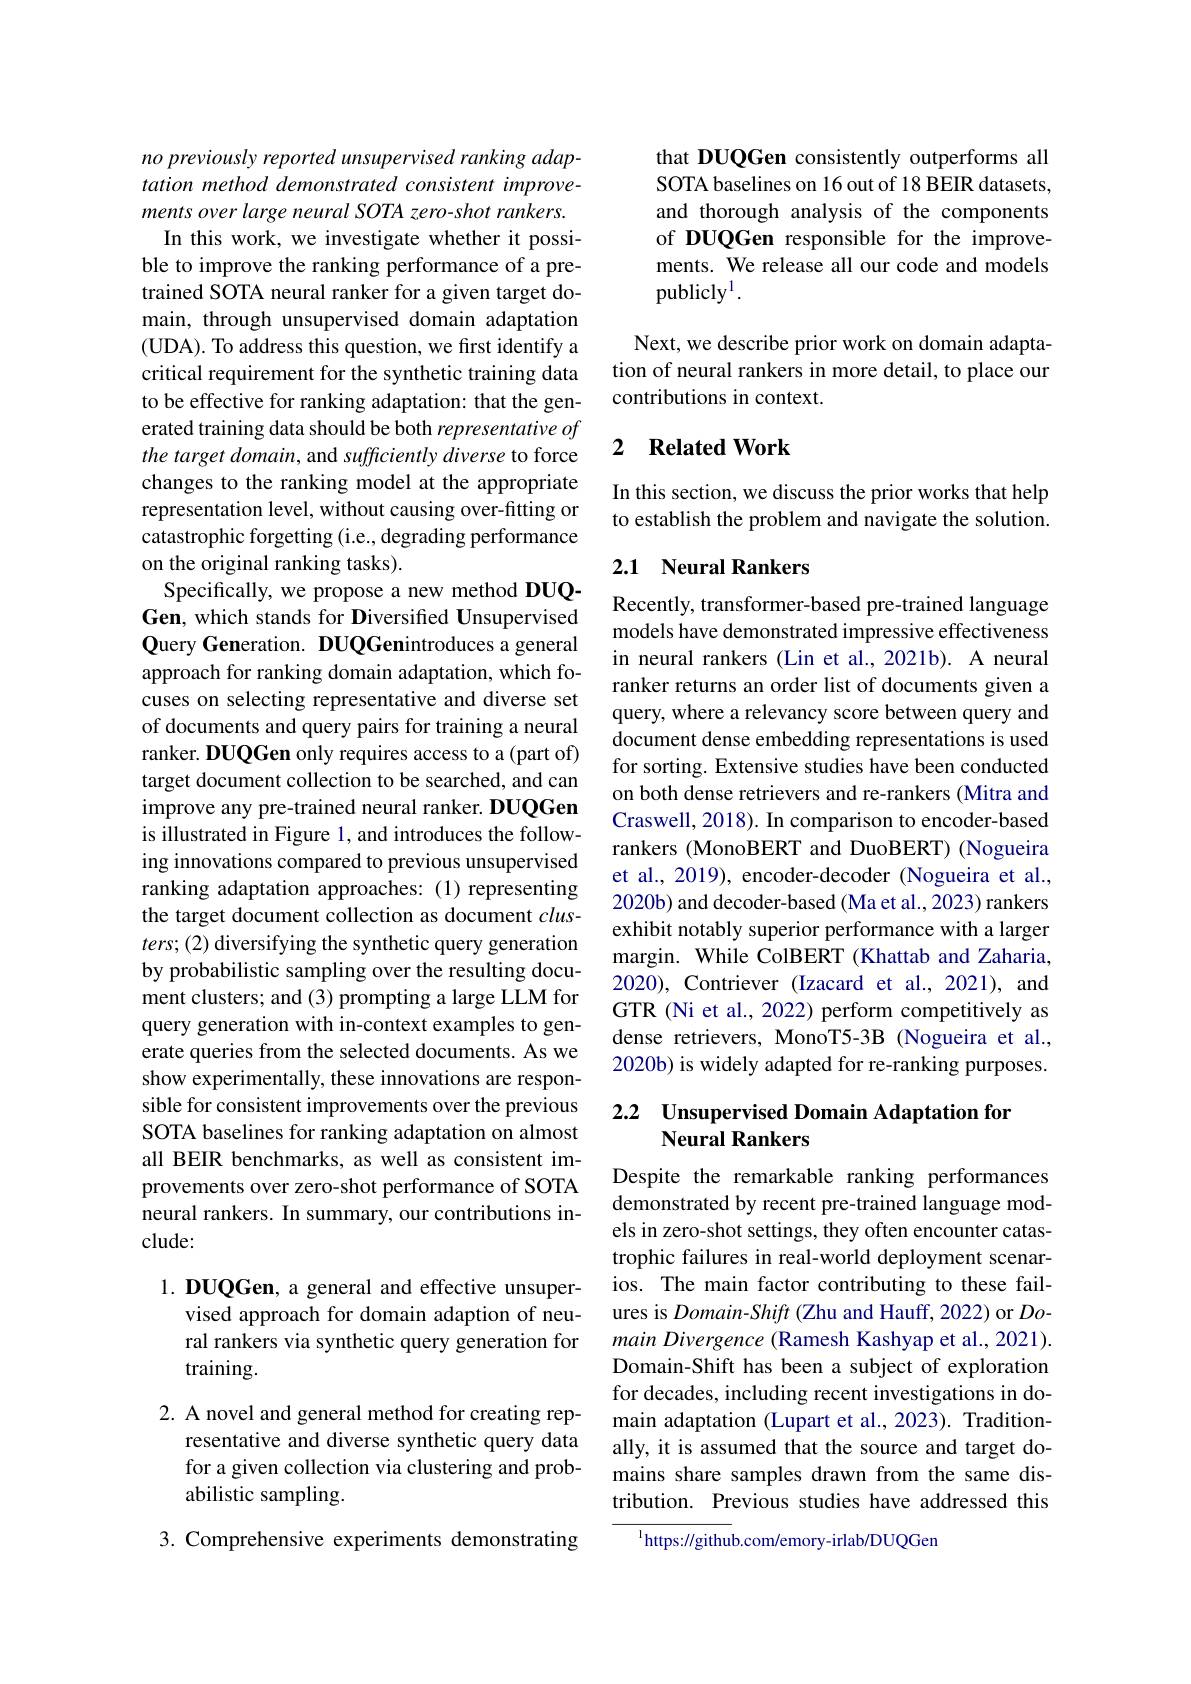
no previously reported unsupervised ranking adaptation method demonstrated consistent improvements over large neural SOTA zero-shot rankers. In this work, we investigate whether it possi-
ble to improve the ranking performance of a pretrained SOTA neural ranker for a given target domain, through unsupervised domain adaptation (UDA). To address this question, we first identify a critical requirement for the synthetic training data to be effective for ranking adaptation: that the generated training data should be both representative of the target domain, and sufficiently diverse to force changes to the ranking model at the appropriate representation level, without causing over-fitting or catastrophic forgetting (i.e., degrading performance on the original ranking tasks).
Specifically, we propose a new method DUQGen, which stands for Diversified Unsupervised Query Generation. DUQGenintroduces a general approach for ranking domain adaptation, which focuses on selecting representative and diverse set of documents and query pairs for training a neural ranker. DUQGen only requires access to a (part of) target document collection to be searched, and can improve any pre-trained neural ranker. DUQGen is illustrated in Figure 1, and introduces the following innovations compared to previous unsupervised ranking adaptation approaches: (1) representing the target document collection as document $clus-$ ters; (2) diversifying the synthetic query generation by probabilistic sampling over the resulting document clusters; and (3) prompting a large LLM for query generation with in-context examples to generate queries from the selected documents. As we show experimentally, these innovations are responsible for consistent improvements over the previous SOTA baselines for ranking adaptation on almost all BEIR benchmarks, as well as consistent improvements over zero-shot performance of SOTA neural rankers. In summary, our contributions include:

1. DUQGen, a general and effective unsuper-
vised approach for domain adaption of neural rankers via synthetic query generation for training.

2. A novel and general method for creating rep-
resentative and diverse synthetic query data for a given collection via clustering and probabilistic sampling.

3. Comprehensive experiments demonstrating

that DUQGen consistently outperforms all SOTA baselines on 16 out of 18 BEIR datasets, and thorough analysis of the components of DUQGen responsible for the improvements. We release all our code and models publicly$^1.$

Next, we describe prior work on domain adaptation of neural rankers in more detail, to place our contributions in context.

## 2 $\textbf{Related Work}$

In this section, we discuss the prior works that help to establish the problem and navigate the solution.

## 2.1 Neural Rankers

Recently, transformer-based pre-trained language models have demonstrated impressive effectiveness in neural rankers (Lin et al.,2021b). A neural ranker returns an order list of documents given a query, where a relevancy score between query and document dense embedding representations is used for sorting. Extensive studies have been conducted on both dense retrievers and re-rankers (Mitra and Craswell, 2018). In comparison to encoder-based rankers (MonoBERT and DuoBERT) (Nogueira et al., 2019), encoder-decoder (Nogueira et al., 2020b) and decoder-based (Ma et al., 2023) rankers exhibit notably superior performance with a larger margin. While ColBERT (Khattab and Zaharia, 2020), Contriever (Izacard et al., 2021), and GTR (Ni et al., 2022) perform competitively as dense retrievers, MonoT5-3B (Nogueira et al., 2020b) is widely adapted for re-ranking purposes.

## 2.2 Unsupervised Domain Adaptation for Neural Rankers

Despite the remarkable ranking performances demonstrated by recent pre-trained language models in zero-shot settings, they often encounter catastrophic failures in real-world deployment scenarios. The main factor contributing to these failures is Domain-Shift (Zhu and Hauff, 2022) or $Do-$ main Divergence (Ramesh Kashyap et al., 2021). Domain-Shift has been a subject of exploration for decades, including recent investigations in domain adaptation (Lupart et al., 2023). Traditionally, it is assumed that the source and target domains share samples drawn from the same distribution. Previous studies have addressed this

$^{\mathrm{l}}$https://github.com/emory-irlab/DUQGen